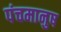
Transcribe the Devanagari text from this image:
पंचमानुष